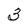
Character: 3